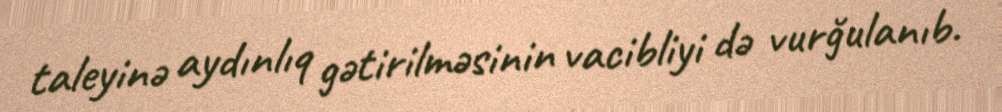
taleyinə aydınlıq gətirilməsinin vacibliyi də vurğulanıb.